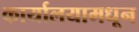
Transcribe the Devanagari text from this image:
कार्यालयामधून